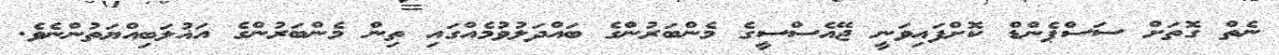
ނެތް ގޮތަށް ސަސްޕެންޑް ކޮށްފައިވަނީ ޖޭއެސްސީގެ މެންބަރުންގެ ބައްދަލުވުމެއްގައި ތިން މެންބަރުންގެ އަޣުލަބިއްޔަތުންނެވެ.